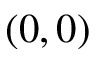
( 0 , 0 )